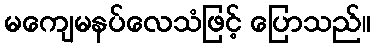
မကျေမနပ်လေသံဖြင့် ပြောသည်။